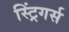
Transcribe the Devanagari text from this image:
स्ट्रिंगर्स